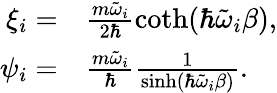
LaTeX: \begin{array}{rl}{\xi_{i}=}&{{}\frac{m\tilde{\omega}_{i}}{2\hbar}\coth(\hbar\tilde{\omega}_{i}\beta),}\\ {\psi_{i}=}&{{}\frac{m\tilde{\omega}_{i}}{\hbar}\frac{1}{\sinh(\hbar\tilde{\omega}_{i}\beta)}.}\end{array}